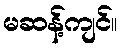
မဆန့်ကျင်။